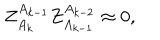
Z _ { A _ { k } } ^ { A _ { k - 1 } } Z _ { A _ { k - 1 } } ^ { A _ { k - 2 } } \approx 0 ,